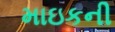
માઇકની